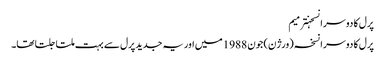
پرل کا دوسرا نسخہترمیم
پرل کا دوسرا نسخہ (ورژن) جون 1988 میں اور یہ جدید پرل سے بہت ملتا جلتا تھا۔